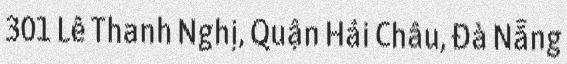
301 Lê Thanh Nghị, Quận Hải Châu, Đà Nẵng